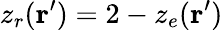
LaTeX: z_{r}(\textbf{r}^{\prime})=2-z_{e}(\textbf{r}^{\prime})